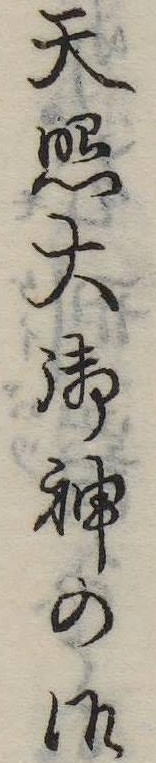
天照大御神の御